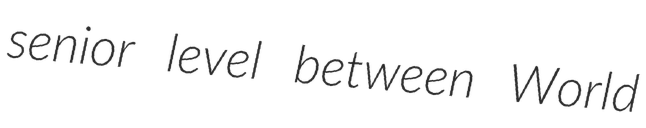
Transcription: senior level between World